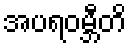
အပရဝမ္ဘီတိ